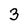
Character: 3